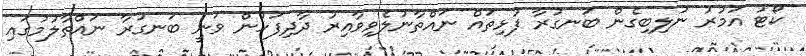
ކޯޓު އަމުރު ނުލިބިގެން ބަނގުރާ ފުޅިތައް ނައްތާނުލެވިވާއިރު ދާދިފަހުން ވަނީ ބަނގުރާ ނައްތާލުމުގައި